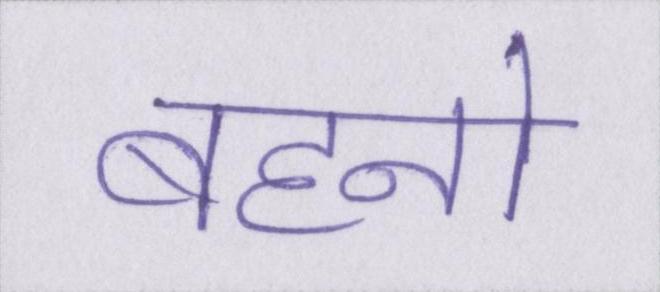
बहनो